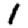
Digit: 1